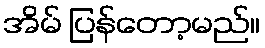
အိမ် ပြန်တော့မည်။